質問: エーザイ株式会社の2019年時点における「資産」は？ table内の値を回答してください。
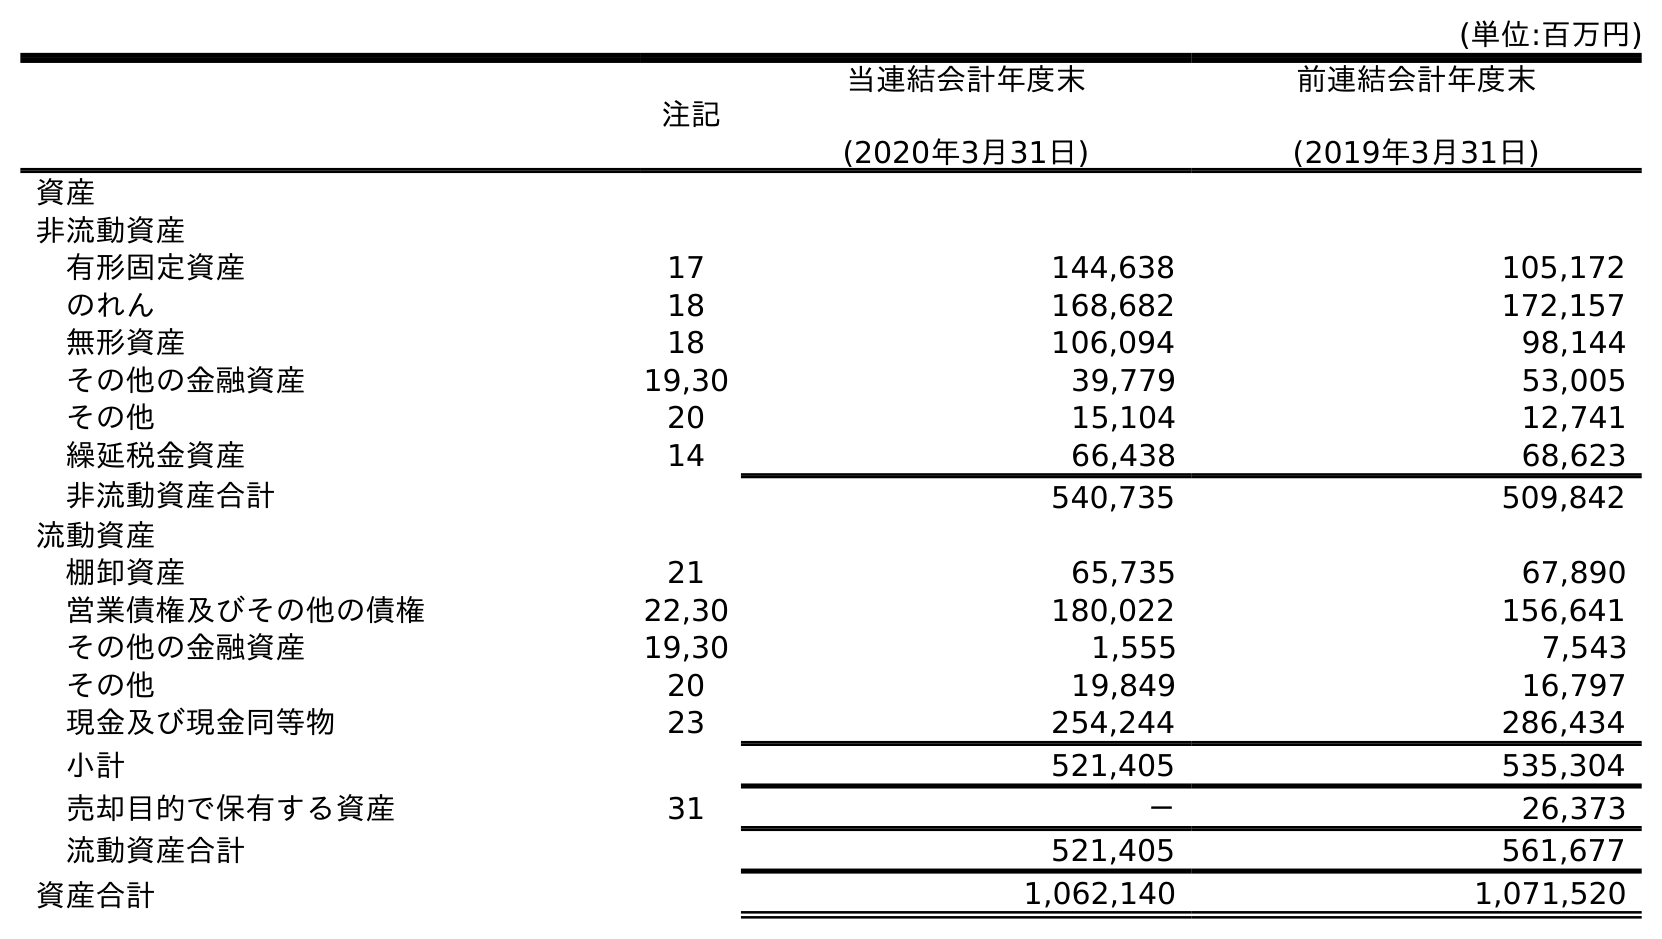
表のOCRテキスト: (単位:百万円) 注記 当連結会計年度末 (2020年3月31日) 前連結会計年度末 (2019年3月31日) 資産 非流動資産 有形固定資産 17 144,638 105,172 のれん 18 168,682 172,157 無形資産 18 106,094 98,144 その他の金融資産 19,30 39,779 53,005 その他 20 15,104 12,741 繰延税金資産 14 66,438 68,623 非流動資産合計 540,735 509,842 流動資産 棚卸資産 21 65,735 67,890 営業債権及びその他の債権 22,30 180,022 156,641 その他の金融資産 19,30 1,555 7,543 その他 20 19,849 16,797 現金及び現金同等物 23 254,244 286,434 小計 521,405 535,304 売却目的で保有する資産 31 － 26,373 流動資産合計 521,405 561,677 資産合計 1,062,140 1,071,520
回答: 1,071,520